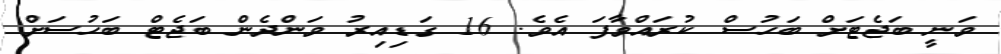
ވަނީ ބަޖެޓަށް ބަހުސް ކުރައްވާފަ އެވެ. 16 ގަޑިއިރު ވަންދެން ބަޖެޓް ބަހުސަށް